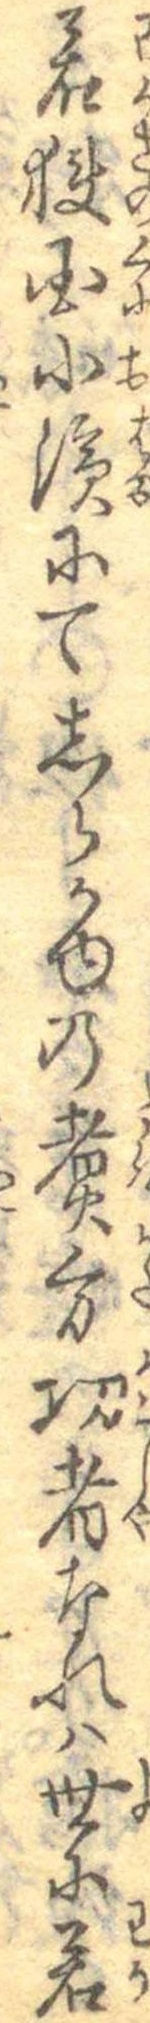
若狭国小浜にてしらかゆの煮方功者なれは世に若